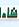
شاء